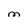
Character: M